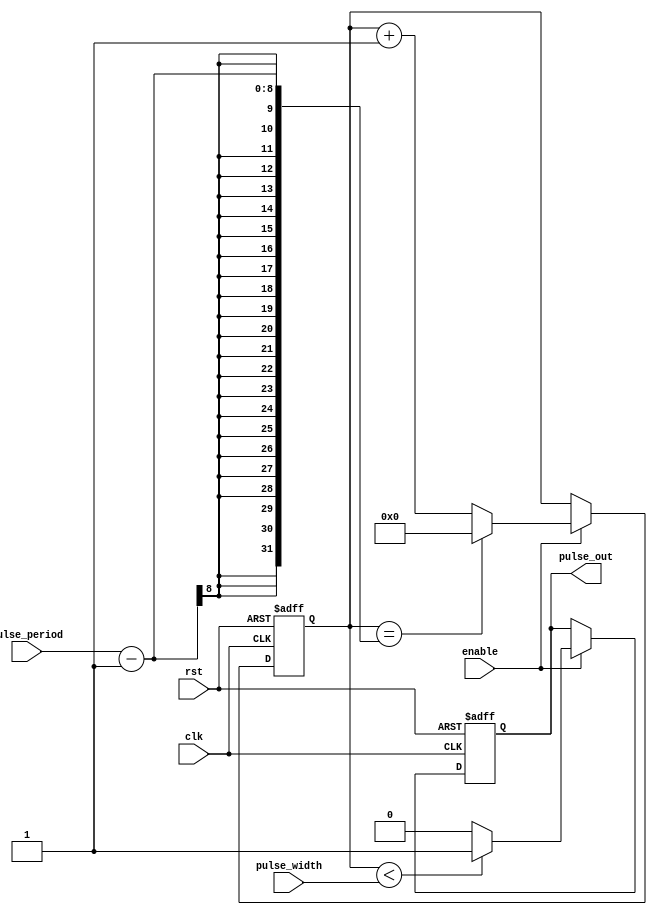
module sync_pulse_generator (
    input clk,
    input rst,
    input enable,
    input [3:0] pulse_width,
    input [7:0] pulse_period,
    output reg pulse_out
);

reg [7:0] counter;

always @(posedge clk or posedge rst) begin
    if (rst) begin
        counter <= 8'b0;
        pulse_out <= 1'b0;
    end else begin
        if (enable) begin
            if (counter < pulse_width) begin
                pulse_out <= 1'b1;
            end else begin
                pulse_out <= 1'b0;
            end
            
            if (counter == pulse_period - 1) begin
                counter <= 8'b0;
            end else begin
                counter <= counter + 1;
            end
        end
    end
end

endmodule